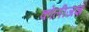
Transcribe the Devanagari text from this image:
कोलीजज्ञ